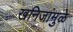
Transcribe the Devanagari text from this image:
खनिजांमुळे